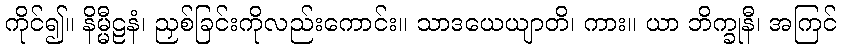
ကိုင်၍။ နိမ္မီဠနံ၊ ညှစ်ခြင်းကိုလည်းကောင်း။ သာဒယေယျာတိ၊ ကား။ ယာ ဘိက္ခုနီ၊ အကြင်